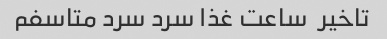
تاخیر  ساعت غذا سرد سرد متاسفم